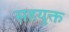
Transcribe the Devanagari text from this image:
सहयुक्त